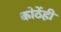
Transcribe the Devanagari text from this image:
कोठेंही